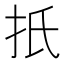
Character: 扺